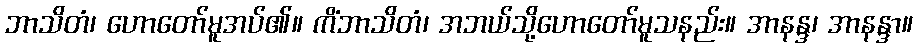
ဘာသိတံ၊ ဟောတော်မူအပ်၏။ ကိံဘာသိတံ၊ အဘယ်သို့ဟောတော်မူသနည်း။ အာနန္ဒ၊ အာနန္ဒာ။